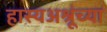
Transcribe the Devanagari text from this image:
हास्यअश्रूंच्या